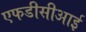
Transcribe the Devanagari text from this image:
एफडीसीआई